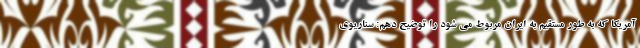
آمریکا که به طور مستقیم به ایران مربوط می شود را توضیح دهم: سناریوی